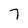
Character: 7